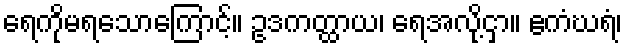
ရေကိုမရသောကြောင့်။ ဥဒကတ္ထာယ၊ ရေအလို့ငှာ။ ဧကံဃရံ၊